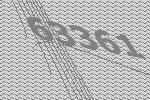
63361